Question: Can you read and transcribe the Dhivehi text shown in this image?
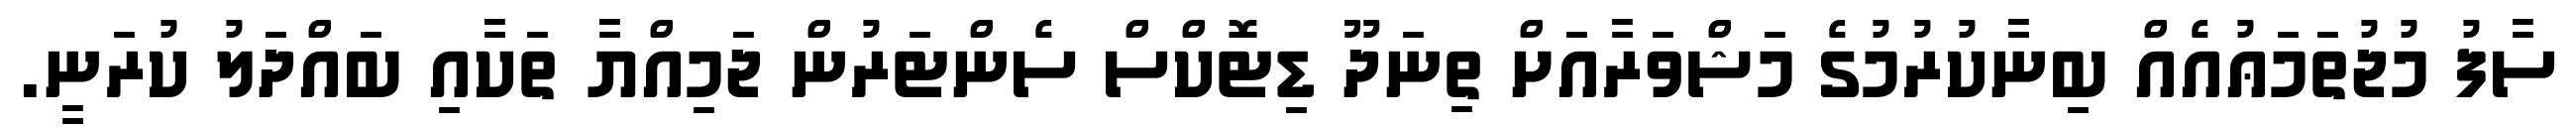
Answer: ސާފު މުޖުތަމަޢުއެއް ބިނާކުރުމުގެ މަޝްވަރާއަށް ތިނަދޫ ޑިޓޮކްސް ސެންޓަރުން ޖަމިއްޔާ ތަކާއި ބައްދަލު ކުރަނީ.